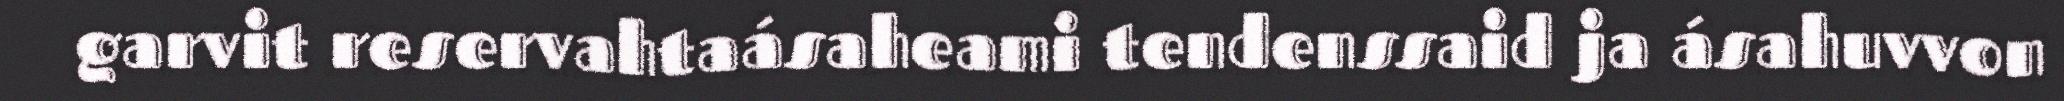
garvit reservahtaásaheami tendenssaid ja ásahuvvon